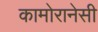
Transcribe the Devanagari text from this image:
कामोरानेसी